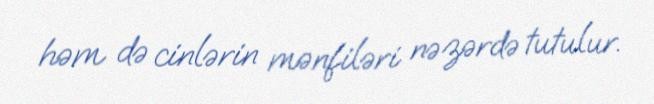
həm də cinlərin mənfiləri nəzərdə tutulur.